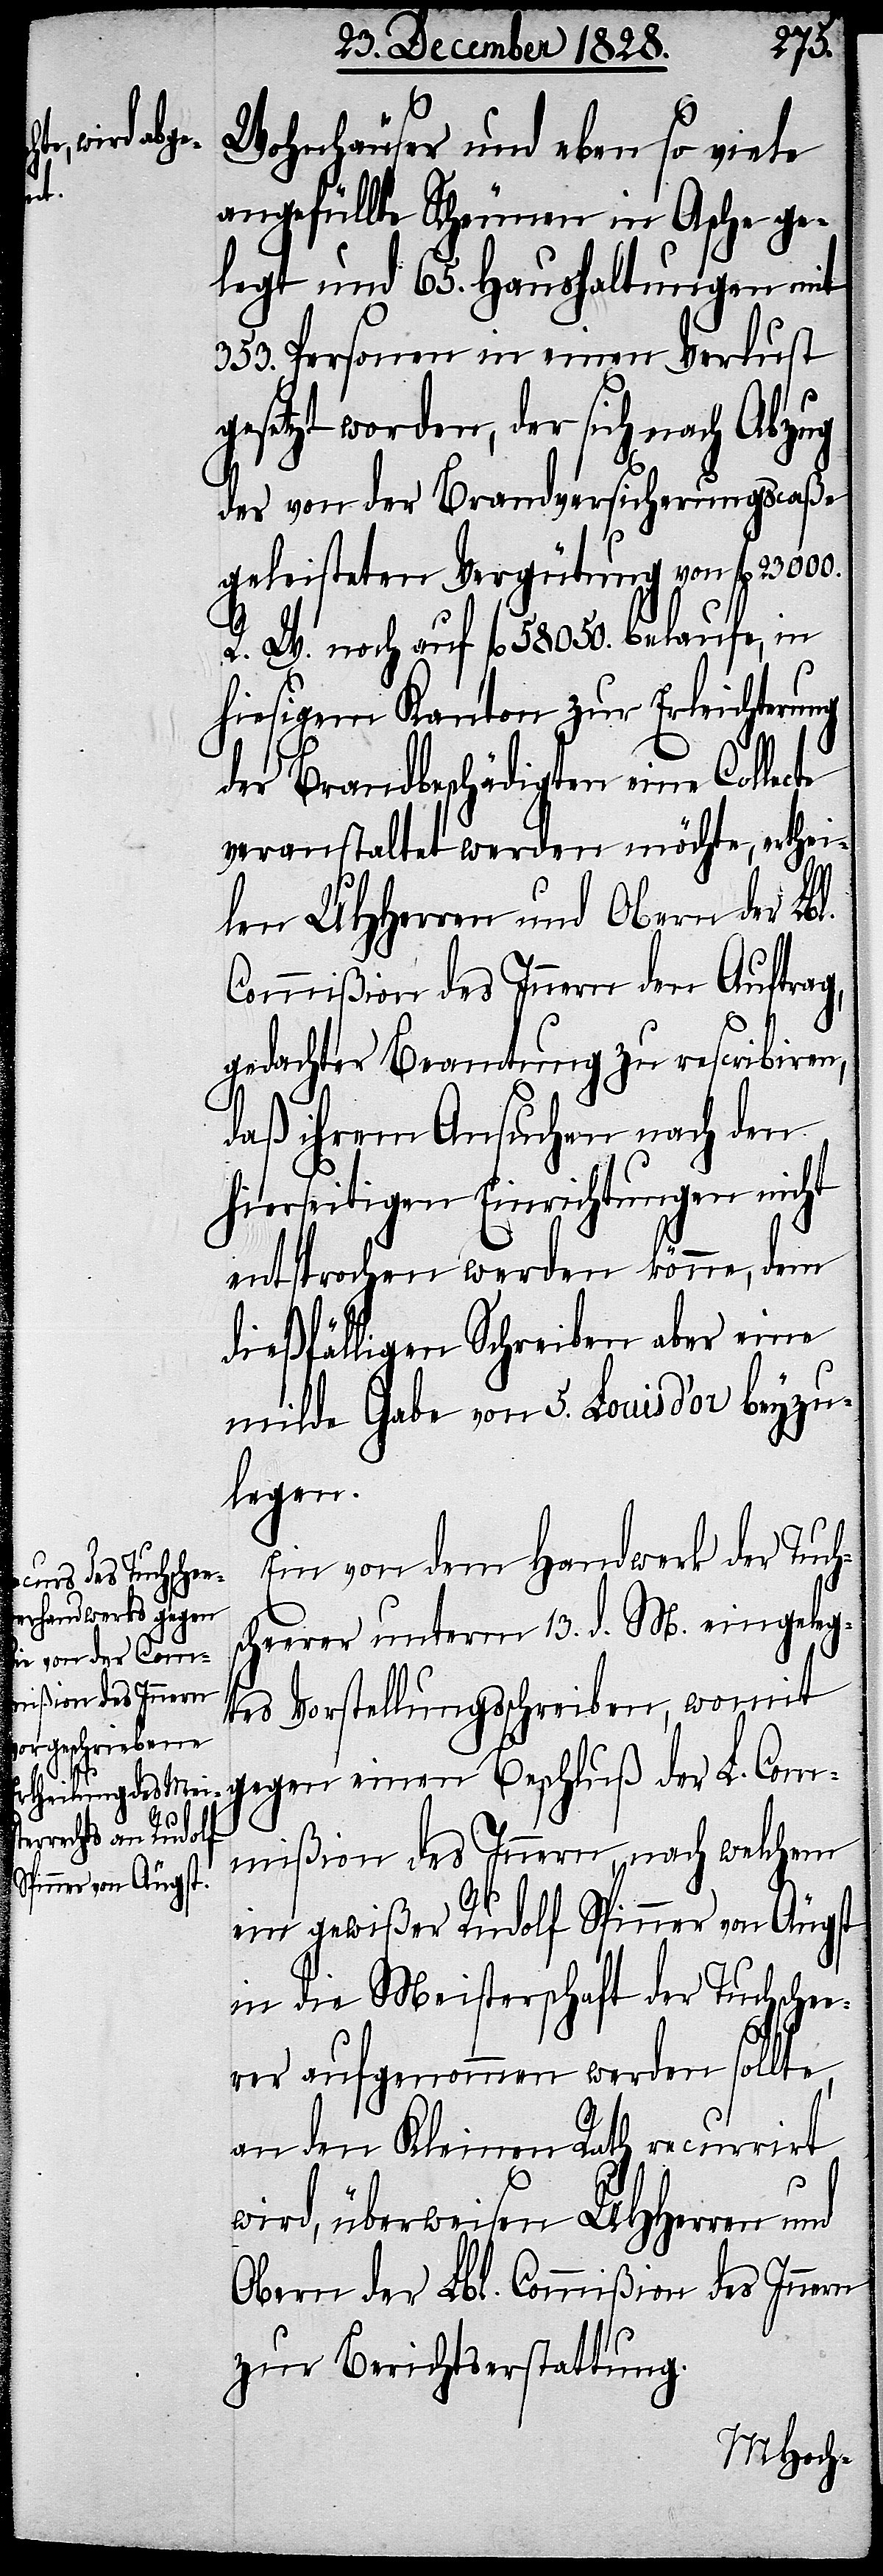
Wohnhäuser und eben so viele
angefüllte Scheunen in Asche ge¬
legt und 65. Haushaltungen mit
353. Personen in einen Verlust
gesetzt worden, der sich nach Abzug
der von der Brandversicherungscaße
geleisteten Vergütung von fl. 23
R. W. noch auf fl. 58 050. belaufe, in
hiesigem Kanton zur Erleichterung
der Brandbeschädigten eine Collecte
veranstaltet werden möchte, erthei¬
len UHerren und Obern der Lbl.
Commißion des Innern den Auftrag,
gedachter Beamtung zu rescribiren,
daß ihrem Ansuche nach den
hierseitigen Einrichtungen nicht
entsprochen werden könne, dem
dießfälligen Schreiben aber eine
milde Gabe von 5. Louis d’or beyzu¬
legen.
Ein von dem Handwerk der Tuch¬
scheerer unterm 13. d. M. eingeleg¬
tes Vorstellungsschreiben, womit
gegen einen Beschluß der L. Com¬
mißion des Innern, nach welchem
ein gewißer Rudolf Spinner von Äugst
in die Meisterschaft der Tuchsche¬
erer aufgenommen werden sollte,
an den Kleinen Rath recurrirt
wird, überweisen UHHerren und
Obern der Lbl. Commißion des Innern
zur Berichtserstattung.